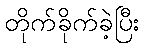
တိုက်ခိုက်ခဲ့ပြီး